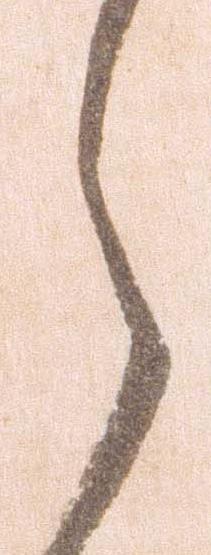
之